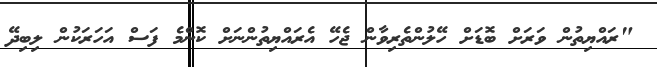
"ރައްޔިތުން ވަރަށް ބޮޑަށް ހޭލުންތެރިވާން ޖެހޭ އެރައްޔިތުންނަށް ކޮންމެ ފަސް އަހަރަކުން ލިބިދޭ